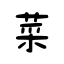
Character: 菜